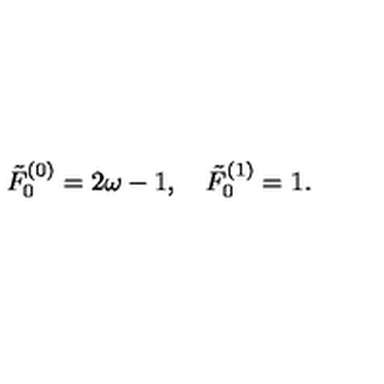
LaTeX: \tilde { F } _ { 0 } ^ { ( 0 ) } = 2 \omega - 1 , \quad \tilde { F } _ { 0 } ^ { ( 1 ) } = 1 .